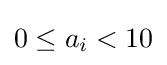
0\leq a_{i}<10